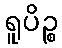
ရူပိဉ္စ